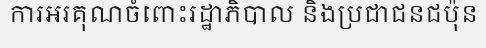
ការអរគុណចំពោះរដ្ឋាភិបាល និងប្រជាជនជប៉ុន